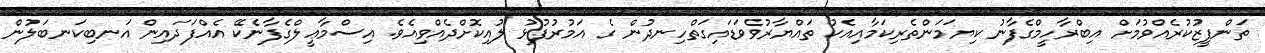
ތަންފީޒުކުރެއްވުމަށް އިބްރާހީމްގެފާނު ކިޔަމަންތެރިކަމާއިއެކު ތައްޔާރުވެވަޑައިގަތްހިނދުން ގެ އަމުރުފުޅު ލުއިކޮށްދެއްވިއެވެ. އިސްމާޢީލްގެފާނެކޭ އެއްފަދައިން އަނބިކަނބަލުން